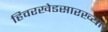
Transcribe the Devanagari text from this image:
हिवरखेडसारख्या